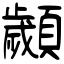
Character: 顪